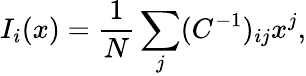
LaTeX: I_{i}(x)=\frac{1}{N}\sum_{j}(C^{-1})_{ij}x^{j},